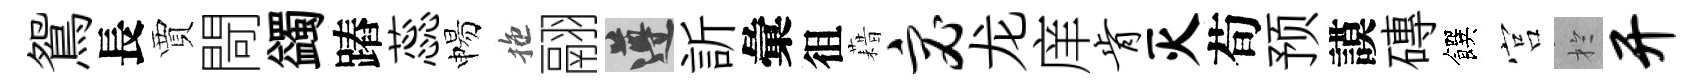
鴛長賈閜蠲蹖蕊惕拖翮遵訢彙徂藉宓龙庠肯灭荀预謨磚饌宫扵开